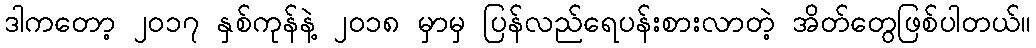
ဒါကတော့ ၂၀၁၇ နှစ်ကုန်နဲ့ ၂၀၁၈ မှာမှ ပြန်လည်ရေပန်းစားလာတဲ့ အိတ်တွေဖြစ်ပါတယ်။